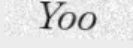
Yoo